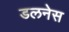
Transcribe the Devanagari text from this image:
डलनेस